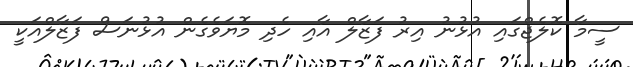
ސީމާ ކޮލެޖްގައި އުޅުނު އިރު ފަޒާލް އާއި ހެދި މޮޔަވެގެން އުޅުނަސް ފަޒާލްއަކީ